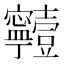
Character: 𡬗